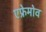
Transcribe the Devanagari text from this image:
एफ्रेमोव